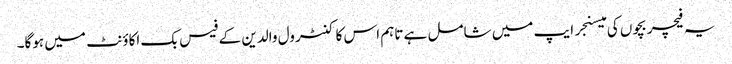
یہ فیچر بچوں کی میسنجر ایپ میں شامل ہے تاہم اس کا کنٹرول والدین کے فیس بک اکاؤنٹ میں ہوگا۔